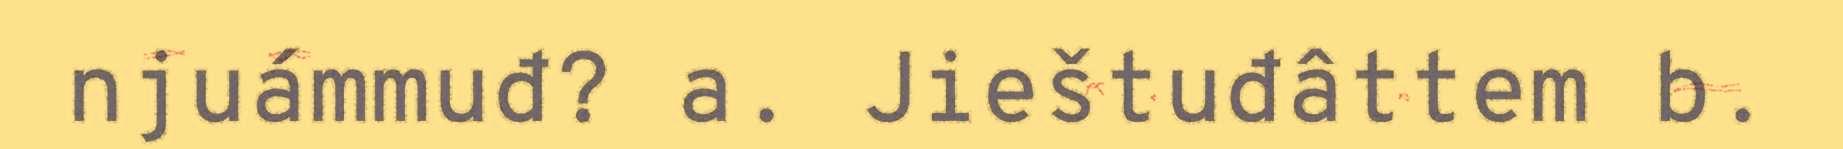
njuámmuđ? a. Jieštuđâttem b.